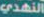
النهدي